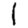
Digit: 1